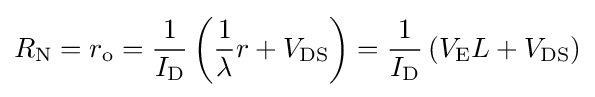
R_{\text{N}}=r_{\text{o}}={\frac {1}{I_{\text{D}}}}\left({\frac {1}{\lambda }}r+V_{\text{DS}}\right)={\frac {1}{I_{\text{D}}}}\left(V_{\text{E}}L+V_{\text{DS}}\right)